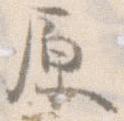
原